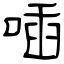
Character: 喢